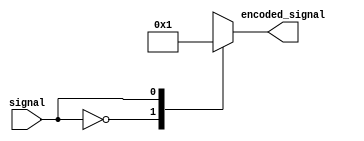
module encoder(
    input signal,
    output reg[3:0] encoded_signal
);

always @(*) begin
    case(signal)
        0: encoded_signal = 4'b0000; //binary representation for 0
        1: encoded_signal = 4'b0001; //binary representation for 1
        2: encoded_signal = 4'b0010; //binary representation for 2
        3: encoded_signal = 4'b0011; //binary representation for 3
        //add more cases based on predetermined rules
        default: encoded_signal = 4'bxxxx; //unknown input signal
    endcase
end

endmodule